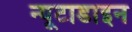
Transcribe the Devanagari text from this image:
न्यूटाडाइन